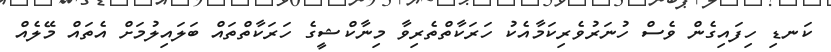
ކަނޑި ހިފައިގެން ވެސް ހުނަރުވެރިކަމާއެކު ހަރަކާތްތެރިވާ މިނާކްޝީގެ ހަރަކާތްތައް ބަލައިލުމަށް އެތައް މޭލެއް